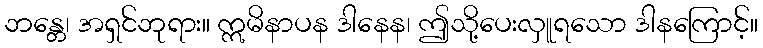
ဘန္တေ၊ အရှင်ဘုရား။ ဣမိနာပန ဒါနေန၊ ဤသို့ပေးလှူရသော ဒါနကြောင့်။